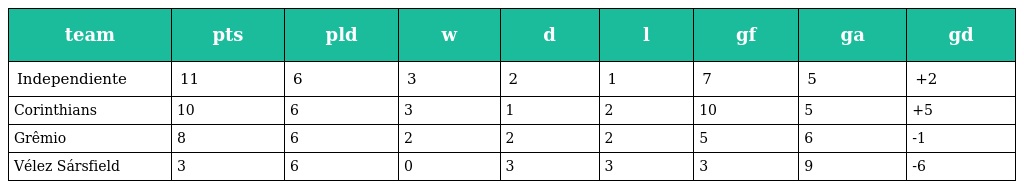
| team | pts | pld | w | d | l | gf | ga | gd |
 | --- | --- | --- | --- | --- | --- | --- | --- | --- |
 | Independiente | 11 | 6 | 3 | 2 | 1 | 7 | 5 | +2 |
 | Corinthians | 10 | 6 | 3 | 1 | 2 | 10 | 5 | +5 |
 | Grêmio | 8 | 6 | 2 | 2 | 2 | 5 | 6 | -1 |
 | Vélez Sársfield | 3 | 6 | 0 | 3 | 3 | 3 | 9 | -6 |